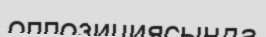
оппозициясында